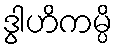
ဒွါဟိကမ္ပိ